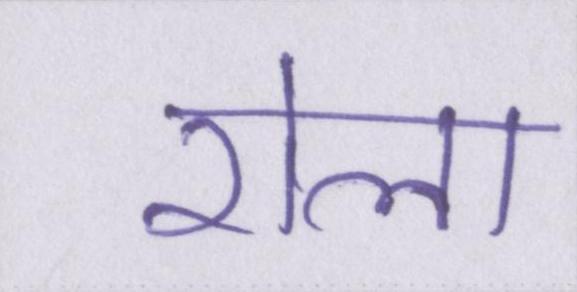
रोला